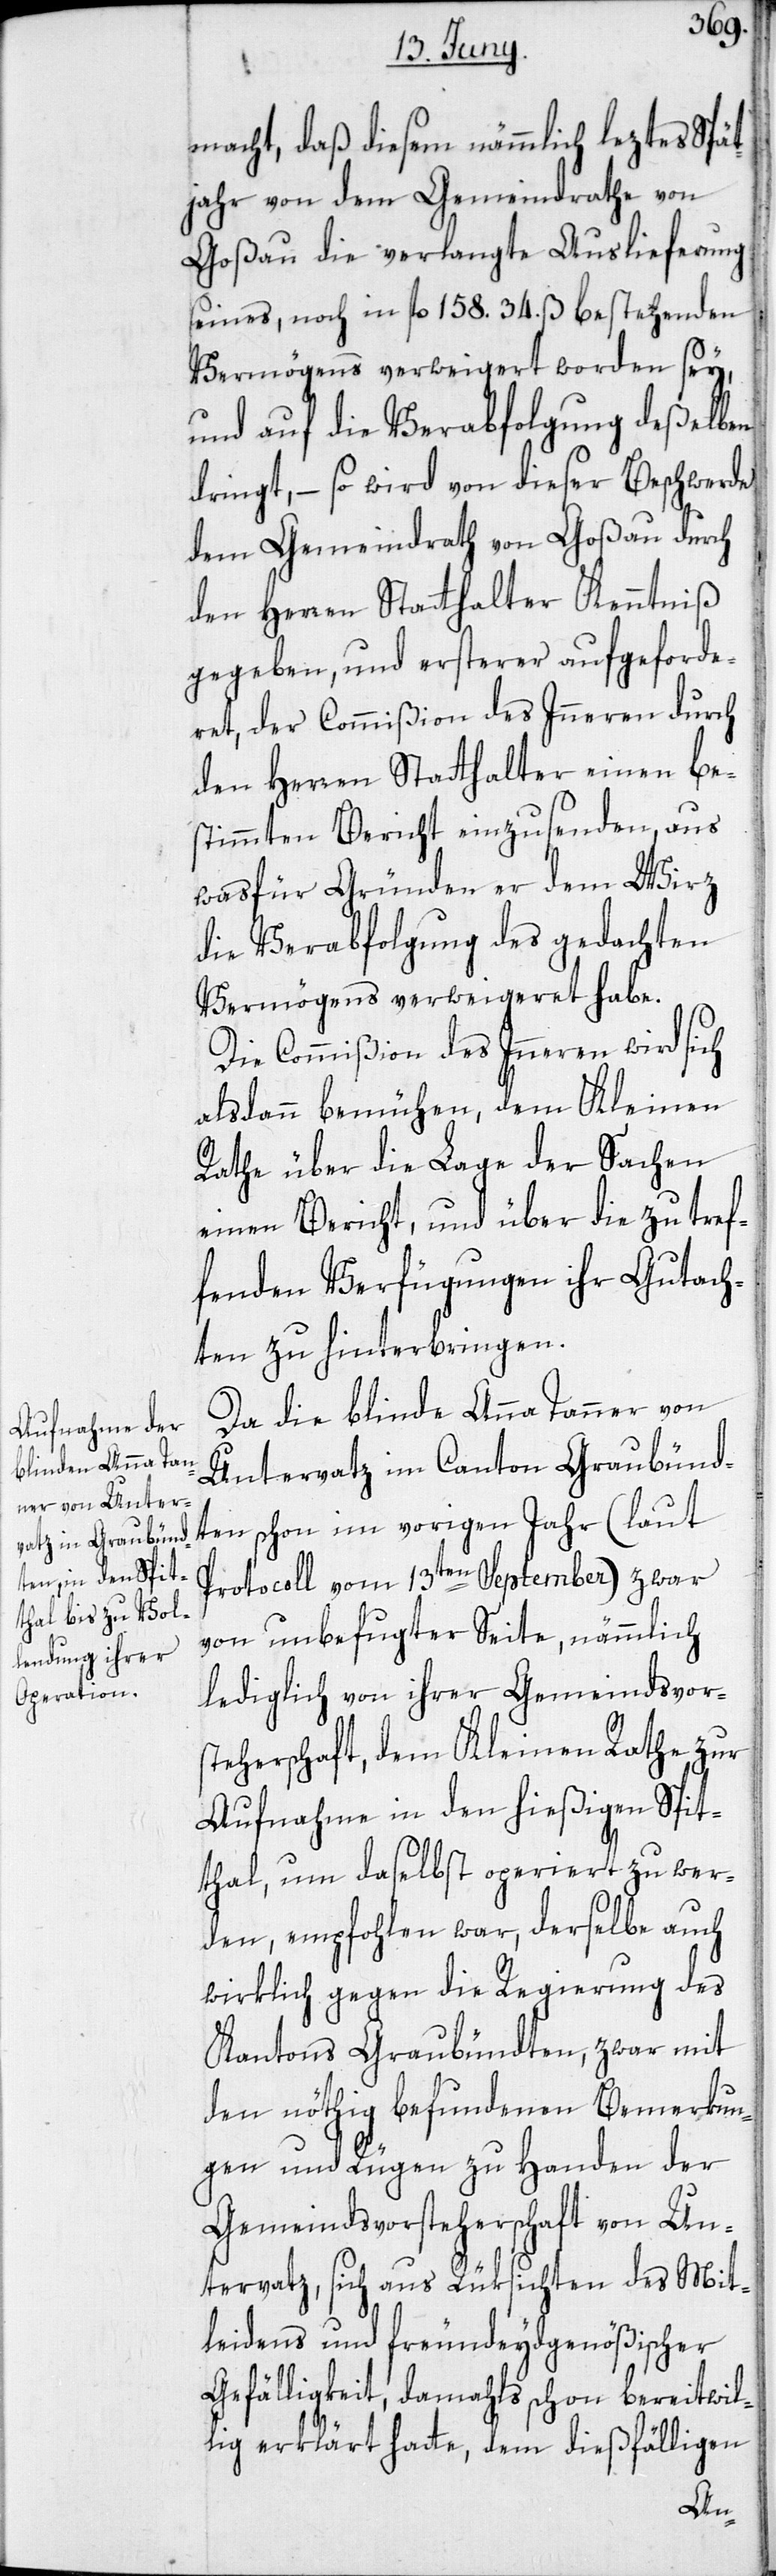
macht, daß diesem nämmlich leztes Spät¬
jahr von dem Gemeindrathe von
Goßau die verlangte Auslieferung
seines, noch in fl. 158. 34. ß bestehenden
Vermögens verweigert worden sey,
und auf die Verabfolgung deßelben
dringt, – so wird von dieser Beschwerde
dem Gemeindrath von Goßau durch
den Herren Statthalter Kenntniß
gegeben, und ersterer aufgeforde¬
ret, der Commißion des Inneren durch
den Herren Statthalter einen be¬
stimmten Bericht einzusenden, aus
was für Gründen er dem Wirz
die Verabfolgung des gedachten
Vermögens verweigeret habe.
Die Commißion des Inneren wird sich
alsdann bemühen, dem Kleinen
Rathe über die Lage der Sachen
einen Bericht, und über die zu tref¬
fenden Verfügungen ihr Gutach¬
ten zu hinterbringen.
Da die blinde Anna Tanner von
Untervatz im Canton Graubünd¬
ten schon im vorigen Jahr (laut
Protocoll vom 13ten September) zwar
von unbefugter Seite, nämmlich
lediglich von ihrer Gemeindsvor¬
steherschaft, dem Kleinen Rathe zur
Aufnahme in den hießigen Spit¬
thal, um daselbst operiert zu wer¬
den, empfohlen war, derselbe auch
wirklich gegen die Regierung des
Cantons Graubündten, zwar mit
den nöthig befundenen Bemerkun¬
gen und Rügen zu Handen der
Gemeindsvorsteherschaft von Un¬
tervatz, sich aus Rüksichten des Mit¬
leidens und freundeydgenößischer
Gefälligkeit, damahls schon bereitwil¬
lig erklärt hatte, dem dießfälligen